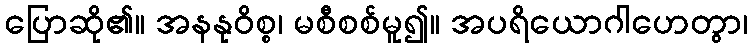
ပြောဆို၏။ အနနုဝိစ္စ၊ မစီစစ်မူ၍။ အပရိယောဂါဟေတွာ၊